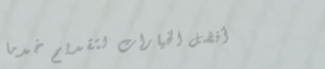
أفضل الخيارات لتقديم خدما